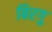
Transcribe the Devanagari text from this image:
बिरगु